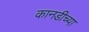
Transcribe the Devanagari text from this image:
कानडीच्या